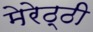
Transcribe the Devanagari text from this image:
मेरेठ्ठी